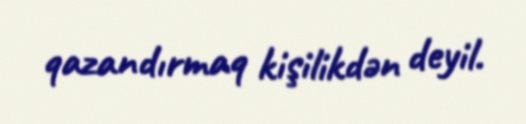
qazandırmaq kişilikdən deyil.